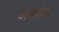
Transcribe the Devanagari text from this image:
अजमेरू